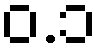
ဝ.၁